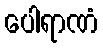
ပေါရာဏံ